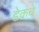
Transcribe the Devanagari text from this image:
डेकचे